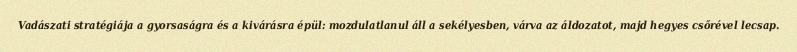
Vadászati stratégiája a gyorsaságra és a kivárásra épül: mozdulatlanul áll a sekélyesben, várva az áldozatot, majd hegyes csőrével lecsap.